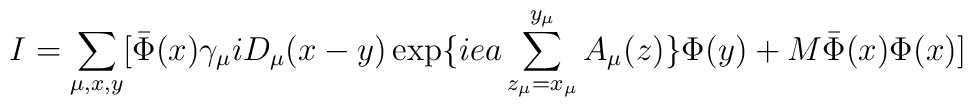
I = \sum_{ \mu,x,y}[ \bar{ \Phi}(x) \gamma_{\mu}iD_{\mu}(x-y) \exp \{iea \sum_{z_{\mu}=x_{\mu}}^{y_{\mu}}A_{\mu}(z) \} \Phi(y) +M \bar{ \Phi}(x) \Phi(x)]